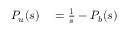
\begin{array} { r l } { { P } _ { u } ( s ) } & { { } = \frac { 1 } { s } - { P } _ { b } ( s ) } \end{array}